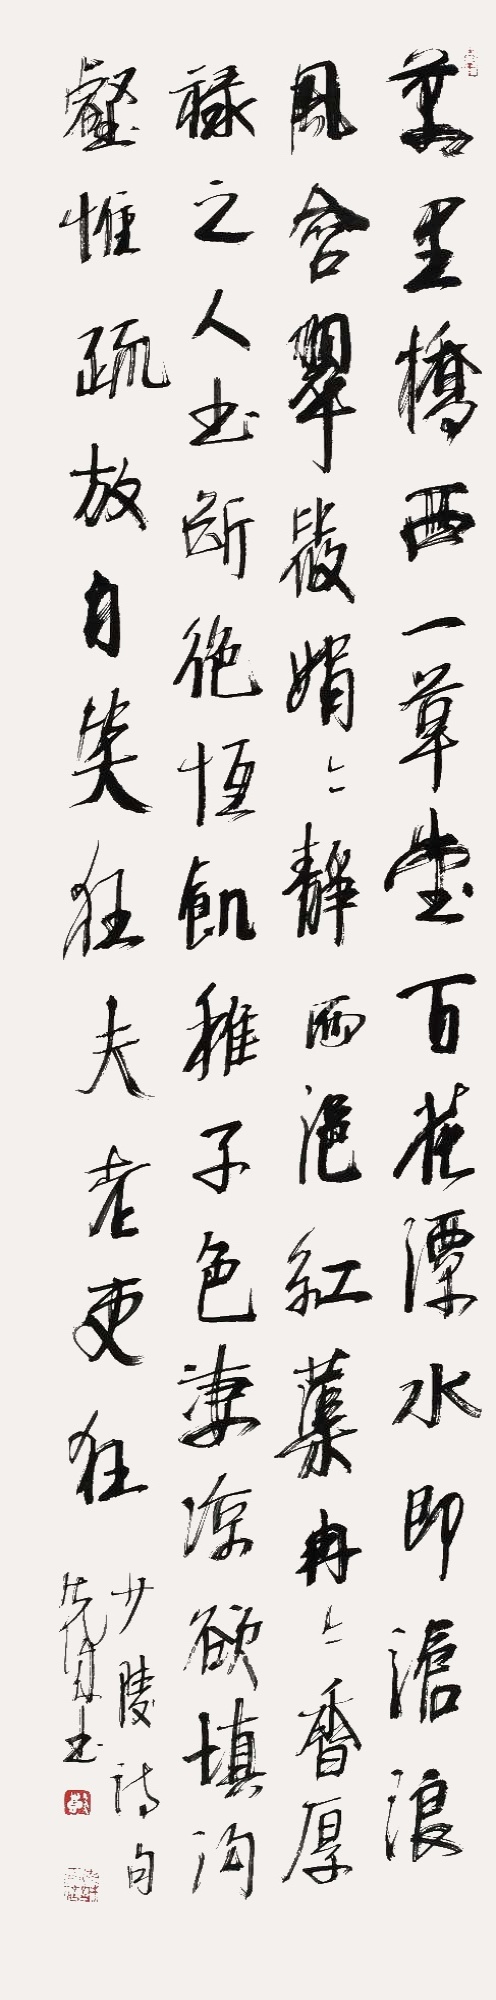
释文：万里桥西一草堂，百花潭水即沧浪。风含翠筱娟娟静，雨浥红蕖冉冉香。厚禄之人书断绝，恒饥稚子色凄凉。欲填沟壑唯疏放，自笑狂夫老更狂。少陵诗句，先诚书。